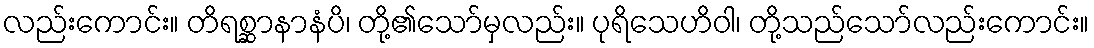
လည်းကောင်း။ တိရစ္ဆာနာနံပိ၊ တို့၏သော်မှလည်း။ ပုရိသေဟိဝါ၊ တို့သည်သော်လည်းကောင်း။